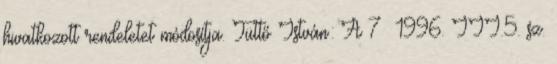
hivatkozott rendeletet módosítja. Tüttő István: A 7 1996. III.5. sz.